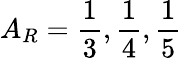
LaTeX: A_{R}=\frac{1}{3},\frac{1}{4},\frac{1}{5}